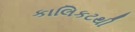
કાલિકટથી